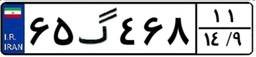
۶۵گ۴۶۸۱۱